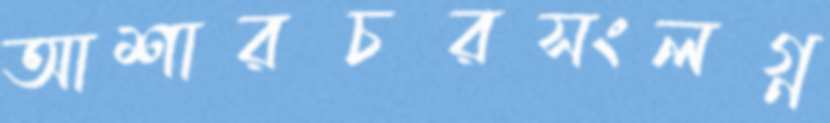
আশারচরসংলগ্ন